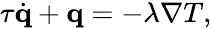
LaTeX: \begin{array}{r}{\tau\dot{\mathbf q}+\mathbf q=-\lambda\nabla T,}\end{array}